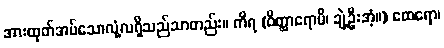
အားထုတ်အပ်သောလုံ့လရှိသည်သာတည်း။ ကိရ (ဝိတ္ထာရောမိ၊ ချဲ့ဦးအံ့။) ထေရော၊